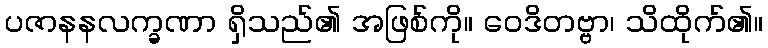
ပဇာနနလက္ခဏာ ရှိသည်၏ အဖြစ်ကို။ ဝေဒိတဗ္ဗာ၊ သိထိုက်၏။